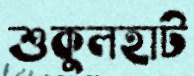
শুকুলহাট